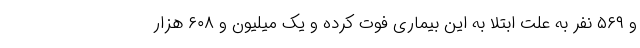
و ۵۶۹ نفر به علت ابتلا به این بیماری فوت کرده و یک میلیون و ۶۰۸ هزار